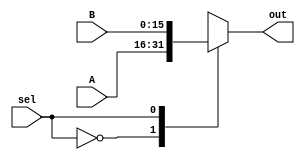
module multiplexer2_1(
	input [15:0] A,
	input [15:0] B,
	input sel,
	
	output reg [15:0] out
);

always @ (sel or A or B)
begin 
	case(sel)
		0: out <= A;
		1: out <= B;
	endcase
end	

endmodule